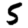
Digit: 5